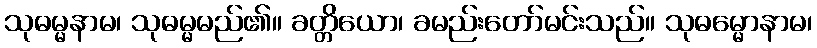
သုဓမ္မနာမ၊ သုဓမ္မမည်၏။ ခတ္တိယော၊ ခမည်းတော်မင်းသည်။ သုဓမ္မောနာမ၊